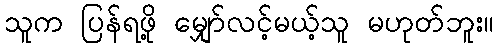
သူက ပြန်ရဖို့ မျှော်လင့်မယ့်သူ မဟုတ်ဘူး။